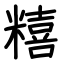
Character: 糦